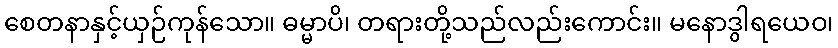
စေတနာနှင့်ယှဉ်ကုန်သော။ ဓမ္မာပိ၊ တရားတို့သည်လည်းကောင်း။ မနောဒွါရယေဝ၊